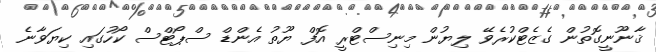
ޤާނޫނީގޮތުން ގެޒެޓްކުރެވޭ ލިޔުން މިނިސްޓްރީ އޮފް ޔޫތު އެންޑް ސްޕޯޓްސް ކޯހުގައި ކިޔަވާނެ